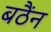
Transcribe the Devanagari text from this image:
बठैंन